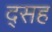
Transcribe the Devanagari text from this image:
द्सह